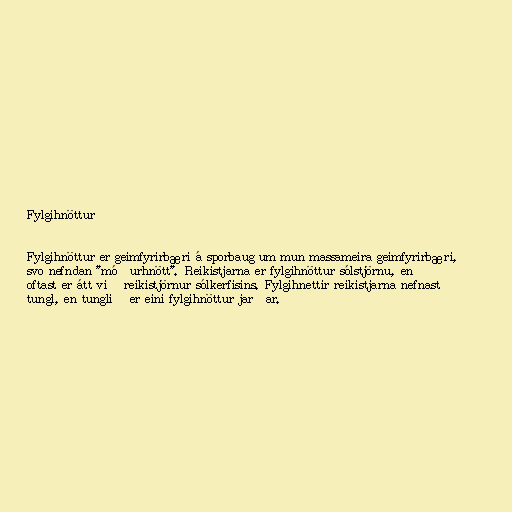
Fylgihnöttur

Fylgihnöttur er geimfyrirbæri á sporbaug um mun massameira geimfyrirbæri,
svo nefndan "móðurhnött". Reikistjarna er fylgihnöttur sólstjörnu, en
oftast er átt við reikistjörnur sólkerfisins. Fylgihnettir reikistjarna nefnast
tungl, en tunglið er eini fylgihnöttur jarðar.